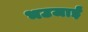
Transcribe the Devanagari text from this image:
भउजाईं